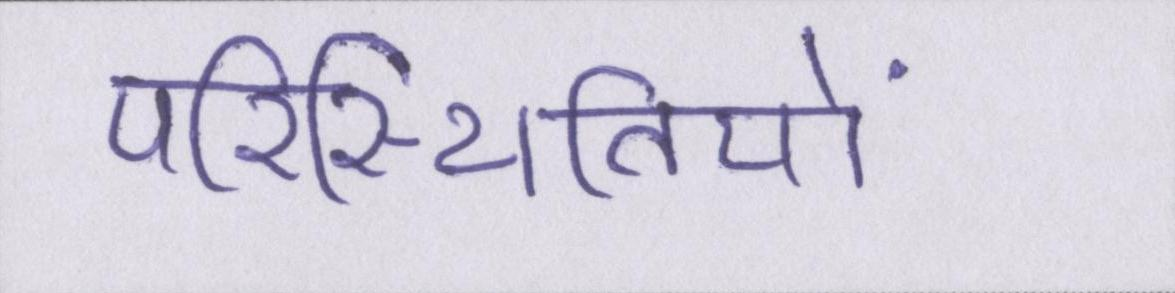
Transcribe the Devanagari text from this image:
परिस्थितियों